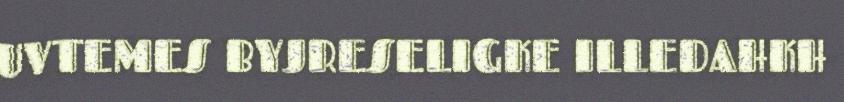
UVTEMES BYJRESELIGKE ILLEDAHKH